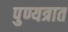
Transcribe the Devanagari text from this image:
पुण्यत्रात